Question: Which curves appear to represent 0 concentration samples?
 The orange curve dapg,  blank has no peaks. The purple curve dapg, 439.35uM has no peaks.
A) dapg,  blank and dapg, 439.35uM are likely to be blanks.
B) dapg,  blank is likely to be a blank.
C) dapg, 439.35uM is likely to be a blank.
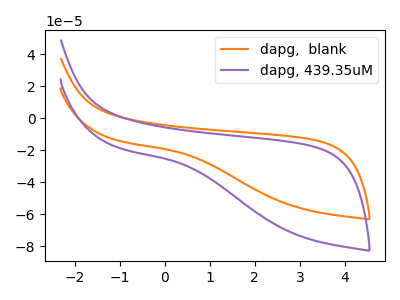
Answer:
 <answer>A) "dapg,  blank" and "dapg, 439.35uM" are likely to be blanks.</answer>
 <eval>A</eval>